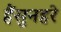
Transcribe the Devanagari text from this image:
हैंसुनहरे